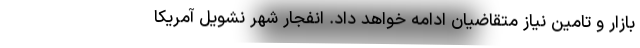
بازار و تامين نياز متقاضيان ادامه خواهد داد. انفجار شهر نشویل آمریکا